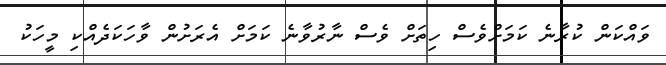
ވައްކަން ކުރާނެ ކަމަށްވެސް ހިތަށް ވެސް ނާރުވާނެ ކަމަށް އެރަށުން ވާހަކަދެއްކި މީހަކު